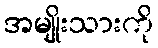
အမျိုးသားကို